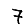
Digit: 7